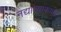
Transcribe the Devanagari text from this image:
नद्याच्याकाठी